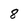
Character: 8